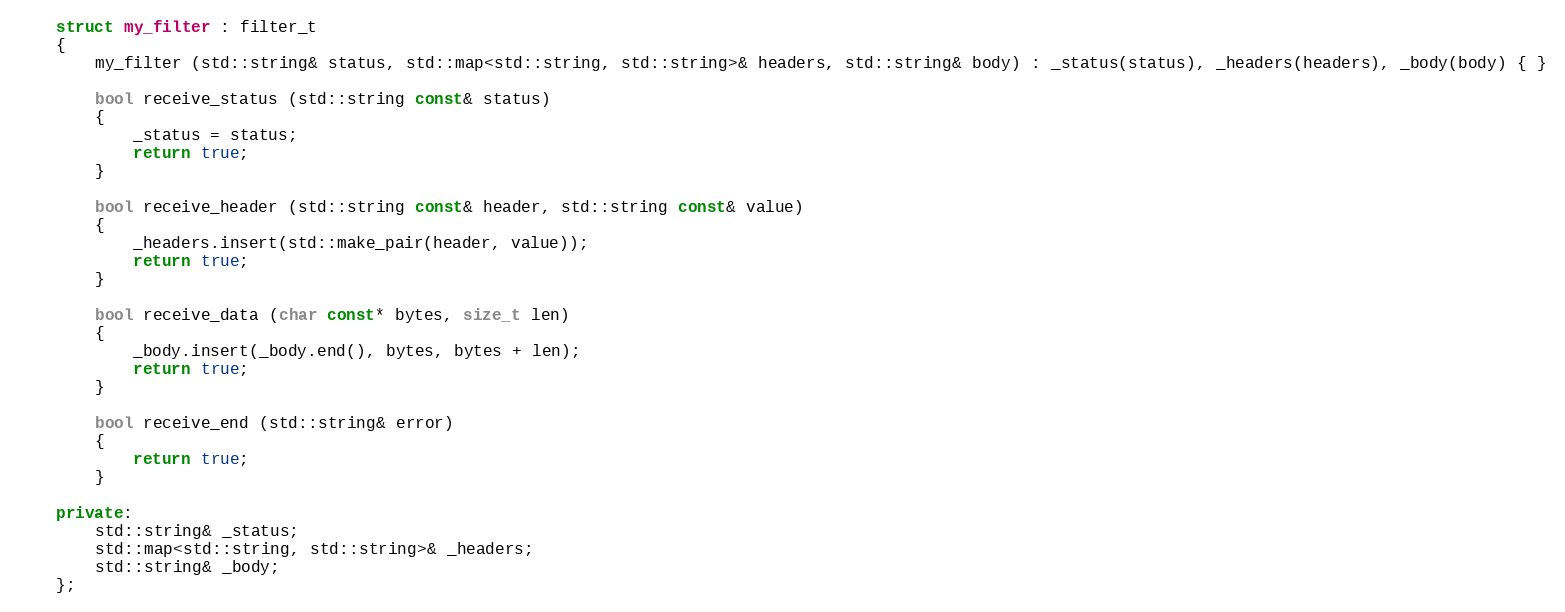
Language: C++
	struct my_filter : filter_t
	{
		my_filter (std::string& status, std::map<std::string, std::string>& headers, std::string& body) : _status(status), _headers(headers), _body(body) { }

		bool receive_status (std::string const& status)
		{
			_status = status;
			return true;
		}

		bool receive_header (std::string const& header, std::string const& value)
		{
			_headers.insert(std::make_pair(header, value));
			return true;
		}

		bool receive_data (char const* bytes, size_t len)
		{
			_body.insert(_body.end(), bytes, bytes + len);
			return true;
		}

		bool receive_end (std::string& error)
		{
			return true;
		}

	private:
		std::string& _status;
		std::map<std::string, std::string>& _headers;
		std::string& _body;
	};